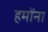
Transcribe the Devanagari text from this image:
हमोंना